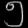
Digit: ၅